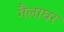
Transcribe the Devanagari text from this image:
गैलाघर